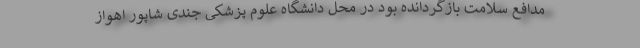
مدافع سلامت بازگردانده بود در محل دانشگاه علوم پزشکی جندی شاپور اهواز